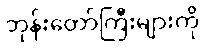
ဘုန်းတော်ကြီးများကို